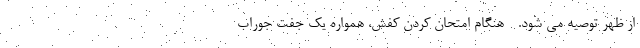
از ظهر توصیه می شود. - هنگام امتحان کردن کفش، همواره یک جفت جوراب